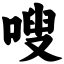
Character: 嗖